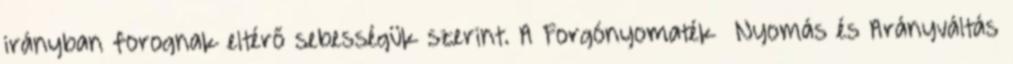
irányban forognak eltérő sebességük szerint. A Forgónyomaték Nyomás és Arányváltás